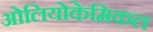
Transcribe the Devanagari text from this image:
ओलियोकेमिकल